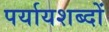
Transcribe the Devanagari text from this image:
पर्यायशब्दों